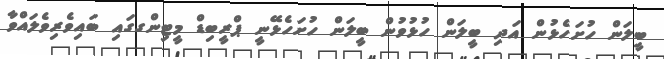
ބީލަން ހުށަހެޅުން އަދި ބީލަން ހުޅުވުން ބީލަން ހުށަހެޅޭނީ ޕްރީބިޑް މީޓިންގގައި ބައިވެރިވެލައްވާ